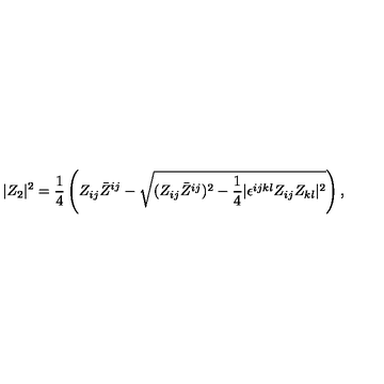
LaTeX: | Z _ { 2 } | ^ { 2 } = { \frac { 1 } { 4 } } \left( Z _ { i j } \bar { Z } ^ { i j } - \sqrt { ( Z _ { i j } \bar { Z } ^ { i j } ) ^ { 2 } - { \frac { 1 } { 4 } } | \epsilon ^ { i j k l } Z _ { i j } Z _ { k l } | ^ { 2 } } \right) ,